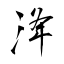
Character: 洚